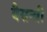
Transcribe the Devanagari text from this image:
बैसन्त्री